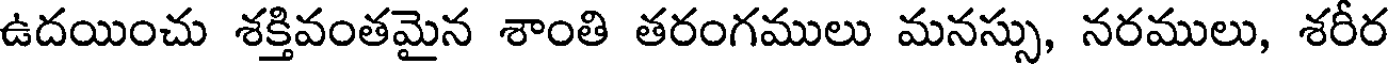
ఉదయించు శక్తివంతమైన శాంతి తరంగములు మనస్సు, నరములు, శరీర